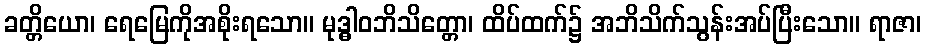
ခတ္တိယော၊ ရေမြေကိုအစိုးရသော။ မုဒ္ဓါဝဘိသိတ္တော၊ ထိပ်ထက်၌ အဘိသိက်သွန်းအပ်ပြီးသော။ ရာဇာ၊